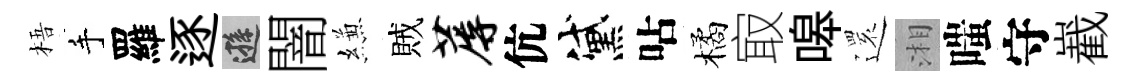
梧手羅逐遜闇縑賊蓐伉黛呫橘㝡嗥𮟃湘嗤守嶻